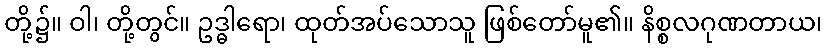
တို့၌။ ဝါ၊ တို့တွင်။ ဥဒ္ဓါရော၊ ထုတ်အပ်သောသူ ဖြစ်တော်မူ၏။ နိစ္စလဂုဏတာယ၊